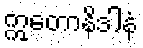
ဣတောနိဒါနံ